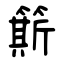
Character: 簛